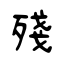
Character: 殘